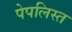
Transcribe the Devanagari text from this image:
पेपलिस्त